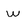
Character: w